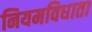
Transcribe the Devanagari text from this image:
नियमविधाता